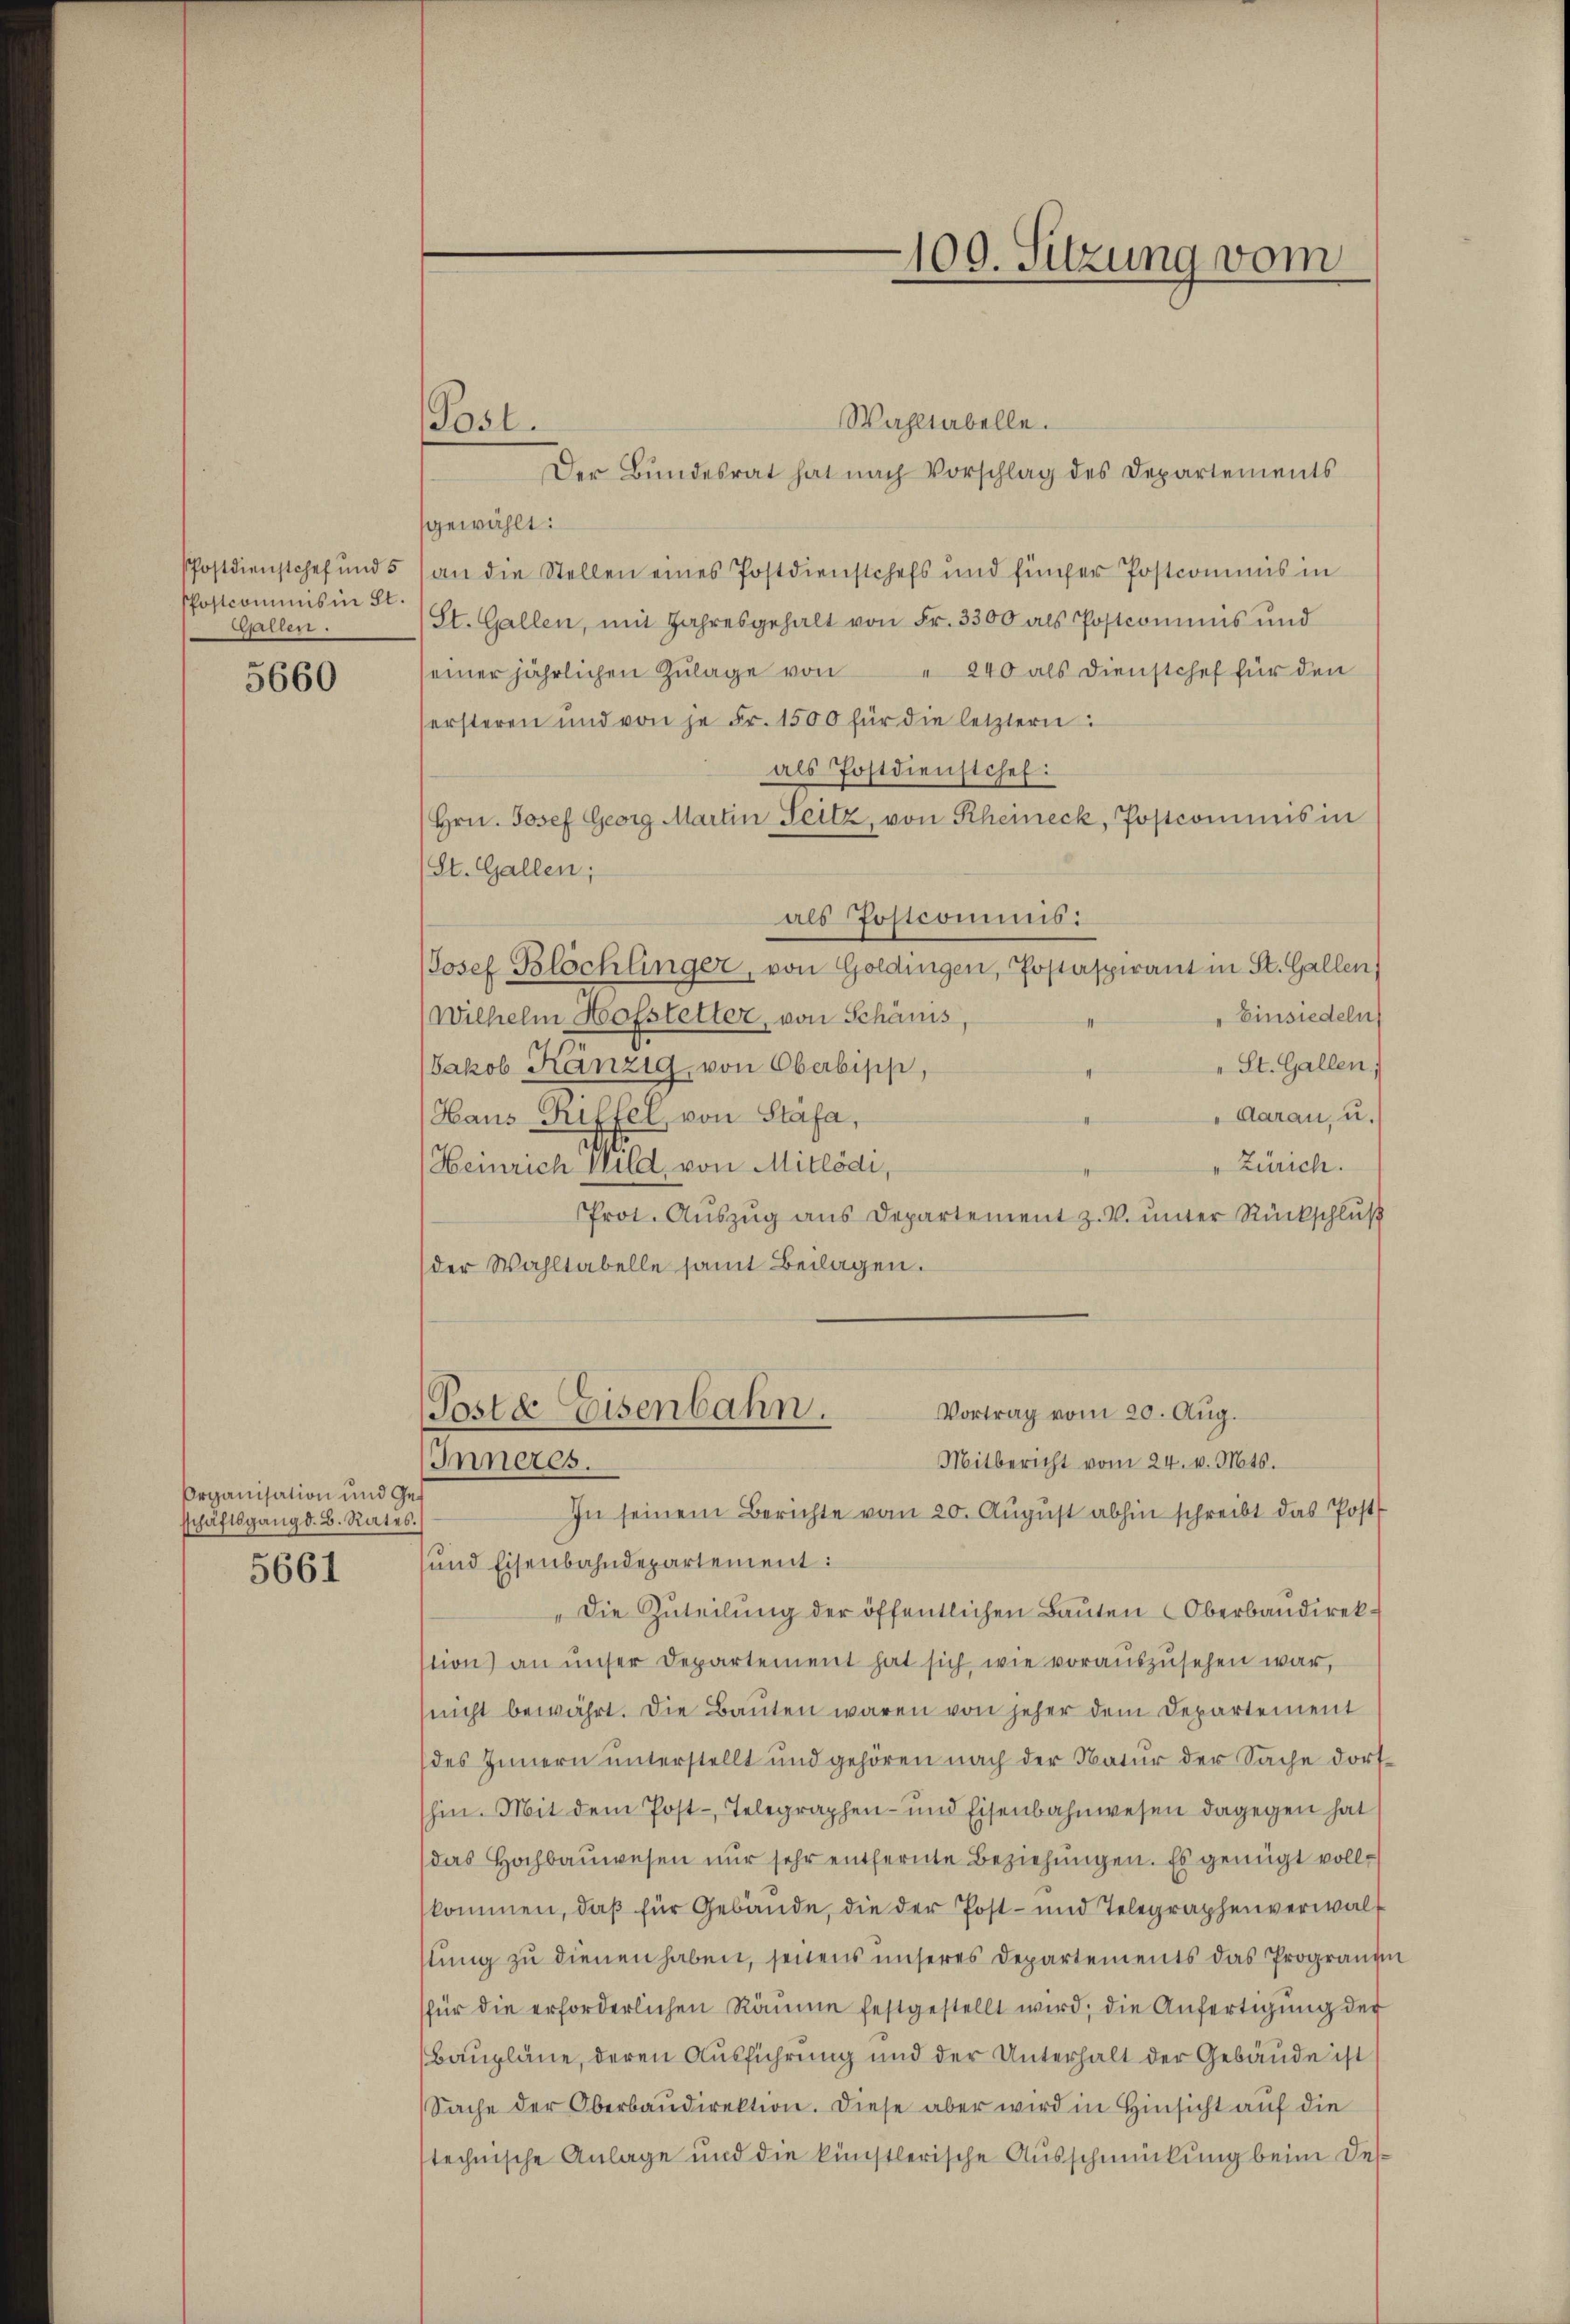
Postdienstchef und 5
PPostcommis in St.
Willen.

5660

Organisation und Ge
sschäftsgang d. B. Rates.
5661

Post.

Wahltabelle.
Der Bundesrat hat nach Vorschlag des Departements
gewählt:
(an die Stellen eines Postdienstchefs und fünfer Postcommis in
(St. Gallen, mit Jahresgehalt von Fr. 3300 als Postcommis und
seiner jährlichen Zulage von " 240 als Dienstchef für den
sersteren und von je Fr. 1500 für die letztern:
als Postdienstchef:
Hrn. Josef Georg Martin Seitz, von Rheineck, Postcommis in
(St. Gallen;
als Postcommis:
Josef Blöchlinger, von Goldingen, Postaspirant in St. Gallen
Einsiedeln
Wilhelm Hofstetter, von Schänis
" St. Gallen.
Jakob Känzig, von Oberbipp,
Aarau, u.
Haus Riffel, von Stäfa,
Zürich.
Heinrich Wild von Mitlödi,
Prot. Aŭszŭg ans Departement z. V. ŭnter Rückschlŭβ
der Wahltabelle samt Beilagen.
Poste Eisenbahn.
Vortrag vom 20. Aug.
Inneres.
Mitbericht vom 24. v. Mts.
In seinem Berichte vom 20. August abhin schreibt das Post
und Eisenbahndepartement:
"Die Zuteilŭng der öffentlichen Baŭten Oberbaŭdirek
stion) an unser Departement hat sich wie vorauszusehen war,
nicht bewährt. Die Bauten waren von jeher dem Departement
des Innern unterstellt und gehören nach der Natur der Sache dort
hin. Mit dem Post-Telegraphen- und Eisenbahnwesen dagegen hat
das Hochbauwesen nur sehr entfernte Beziehungen. Es genügt vollkommen, daß für Gebäude, die der Post- und Telegraphenverwalstung zu dienen haben, seitens unseres Departements das Programm
für die erforderlichen Räume festgestellt wird; die Anfertigung der
Baupläne, deren Ausführung und der Unterhalt der Gebäude ist
Sache der Oberbaudirektion. Diese aber wird in Hinsicht auf die
stechnische Anlage und die künstlerische Ausschmückung beim Des¬

100. Sitzung vom